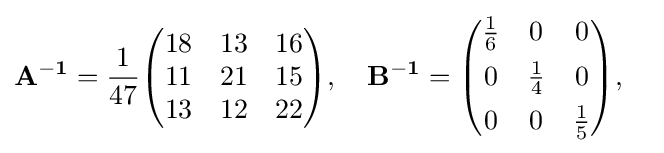
{\begin{aligned}&\mathbf {A^{-1}} ={\frac {1}{47}}{\begin{pmatrix}18&13&16\\11&21&15\\13&12&22\end{pmatrix}},\quad \mathbf {B^{-1}} ={\begin{pmatrix}{\frac {1}{6}}&0&0\\[4pt]0&{\frac {1}{4}}&0\\[4pt]0&0&{\frac {1}{5}}\end{pmatrix}},\end{aligned}}